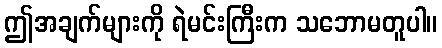
ဤအချက်များကို ရဲမင်းကြီးက သဘောမတူပါ။